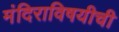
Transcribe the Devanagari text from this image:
मंदिराविषयीची